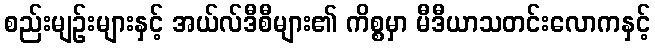
စည်းမျဉ်းများနှင့် အယ်လ်ဒီစီများ၏ ကိစ္စမှာ မီဒီယာသတင်းလောကနှင့်